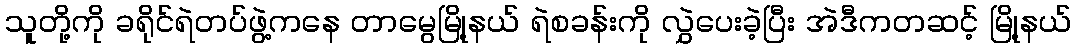
သူတို့ကို ခရိုင်ရဲတပ်ဖွဲ့ကနေ တာမွေမြို့နယ် ရဲစခန်းကို လွှဲပေးခဲ့ပြီး အဲဒီကတဆင့် မြို့နယ်